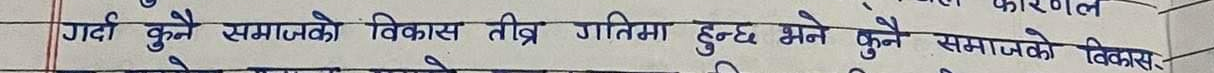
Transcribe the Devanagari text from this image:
गर्दा कुनै समाजको विकास तीव्र गतिमा हुन्छ भन्ने कुनै समाजको विकास